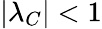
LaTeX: |\lambda_{C}|<1